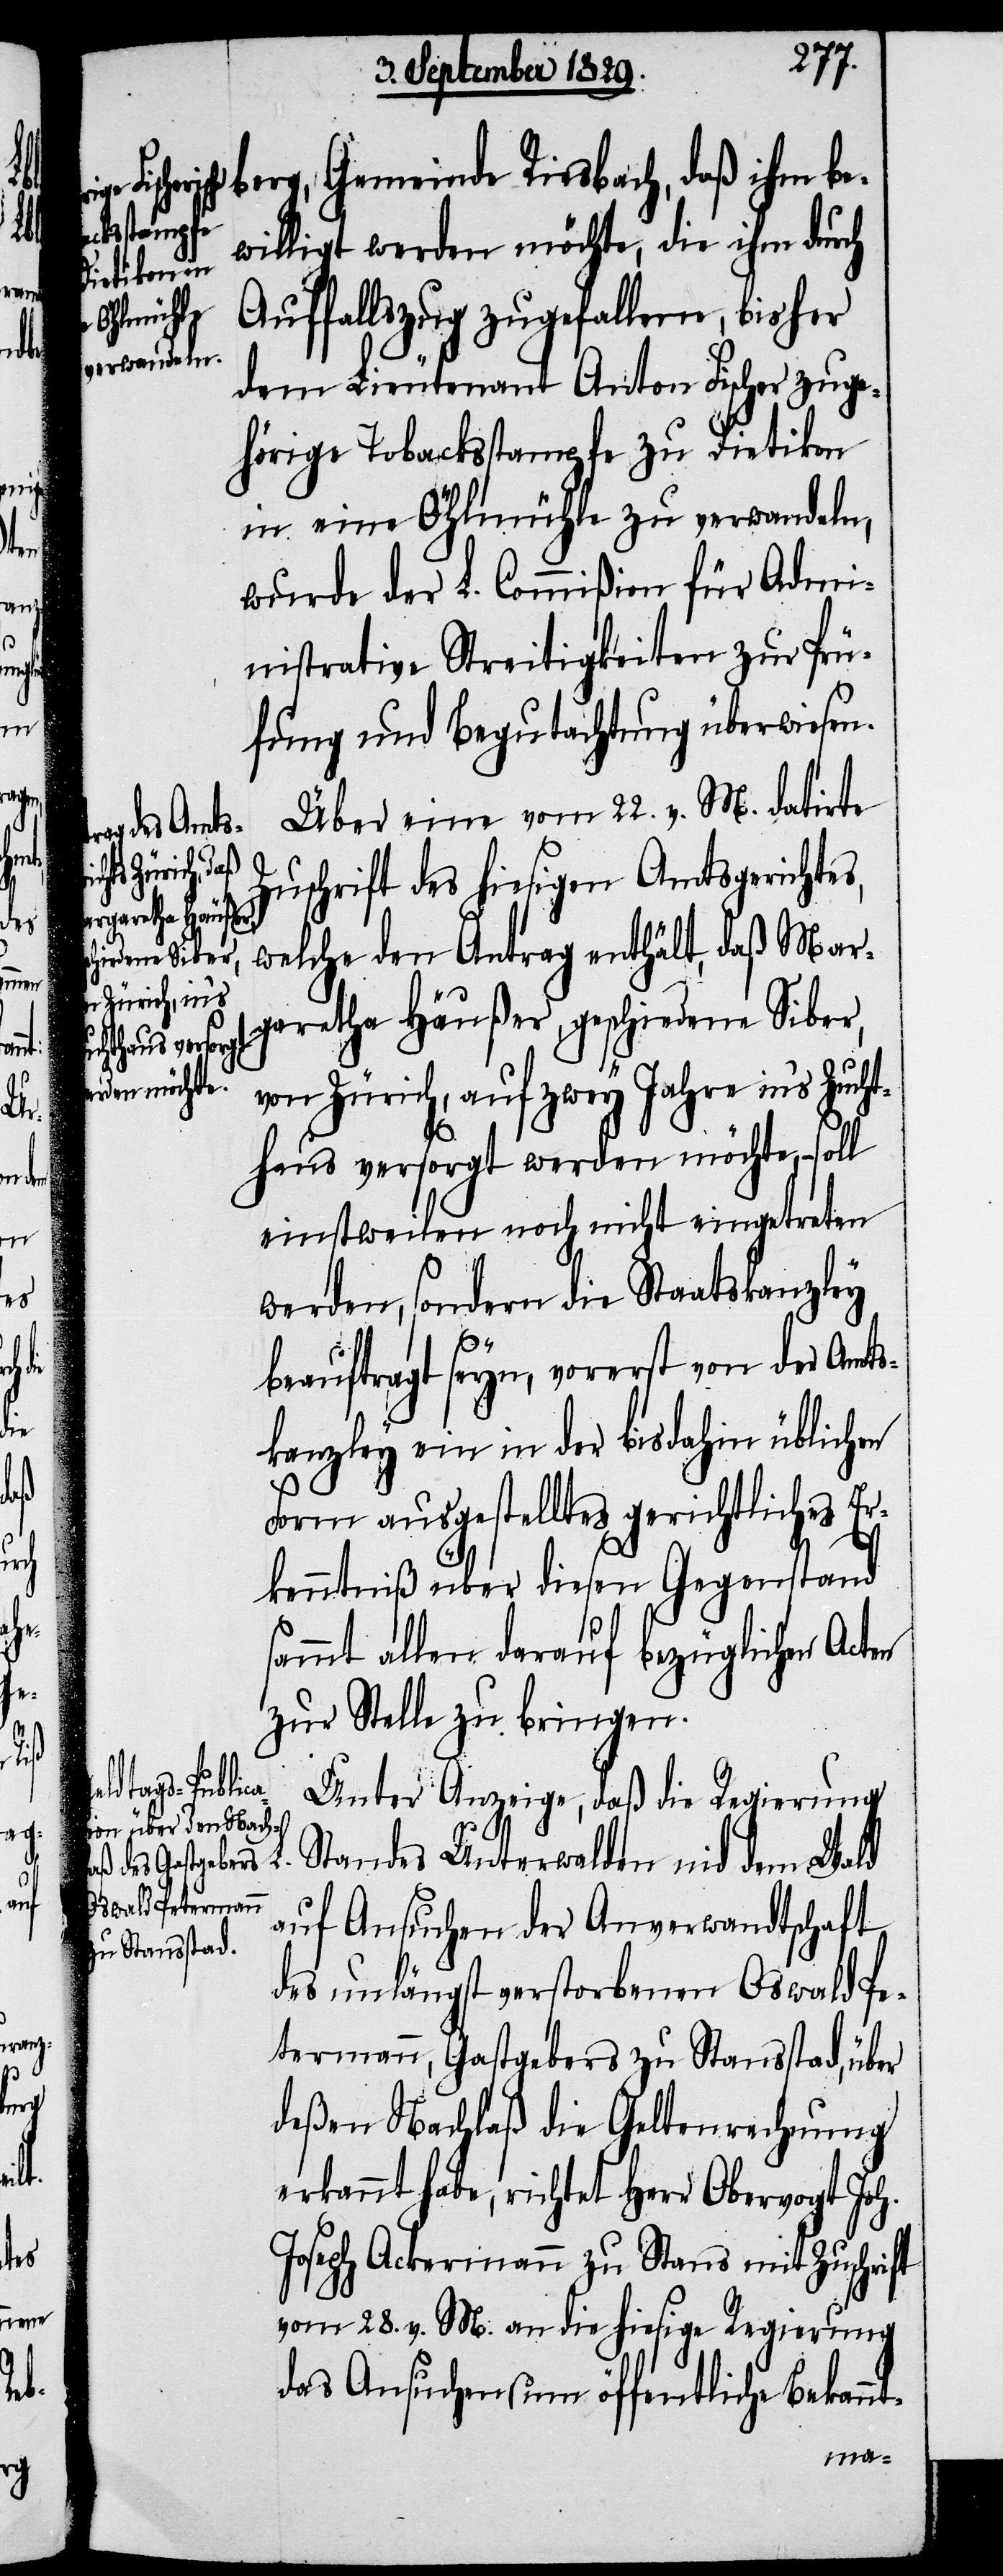
L.

l

nt-

berg, Gemeinde Riesbach, daß ihm be¬
willigt werden möchte, die ihm durch
Auffallszug zugefallene, bisher
dem Lieutenant Anton Fischer zuge¬
hörige Tobackstampfe zu Dietikon
in eine Öhlmühle zu verwandeln,
wurde der L. Commißion für Admi¬
nistrative Streitigkeiten zur Prü¬
fung und Begutachtung überwiesen.
Über eine vom 22. v. M. datirte
Zuschrift des hiesigen Amtsgerichtes,
welche den Antrag enthält, daß Mar¬
garetha Häußer, geschiedene Siber,
von Zürich, auf zwey Jahre in’s Zucht¬
haus versorgt werden möchte, – sol¬
einstweilen noch nicht eingetreten
werden, sondern die Staatskanzley
beauftragt seyn, vorerst von der Amts¬
kanzley ein in der bisdahin üblichen
Form ausgestelltes gerichtliches Er¬
kenntniß über diesen Gegenstand
sammt allen darauf bezüglichen Acten
zur Stelle zu bringen.
Unter Anzeige, daß die Regierung
Standes Unterwalden nid dem Wald
auf Ansuchen der Anverwandtschaft
des unlängst verstorbenen Oswald Pe¬
termann, Gastgebers zu Stansstad, über
deßen Nachlaß die Geltenrechnung
erkannt habe, richtet Herr Obervogt Joh.
Joseph Ackermann zu Stans mit Zuschrift
vom 28. v. M. an die hiesige Regierung
das Ansuchen um öffentliche Bekan¬